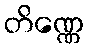
တိဏ္ဏေ